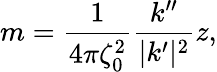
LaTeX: m=\frac{1}{4\pi\zeta_{0}^{2}}\frac{k^{\prime\prime}}{|k^{\prime}|^{2}}z,